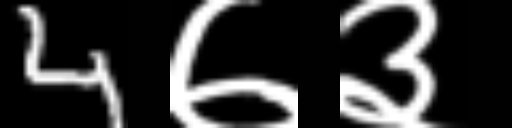
Text: 4७३